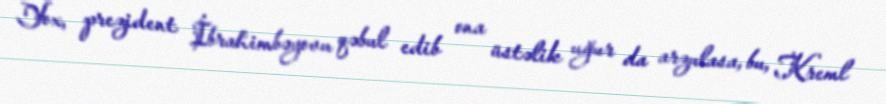
Yox, prezident İbrahimbəyovu qəbul edib ona üstəlik uğur da arzulasa, bu, Kreml